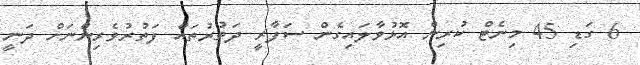
6 ގަޑި 45 މިނެޓް ކުރިން އޮޅުވާލައިގެން ސަފާރީ ދަތުރުތައް ފަތުރުވެރިންނަށް ދަނީ